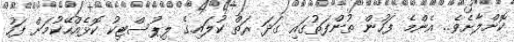
ކޮށްލާށެވެ.. އެންމެ ފަހުން ތުންފަތުގައި ގަދަ ރަތް ކުލައިގެ ލިޕުސްޓިކު ކޮޅެއްހޭކުމަށް ފަހު